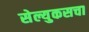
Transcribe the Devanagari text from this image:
सेल्युकसचा